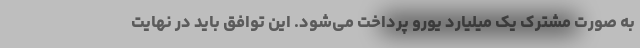
به صورت مشترک یک میلیارد یورو پرداخت می‌شود. این توافق باید در نهایت